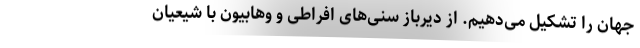
جهان را تشکیل می‌دهیم. از دیرباز سنی‌های افراطی و وهابیون با شیعیان